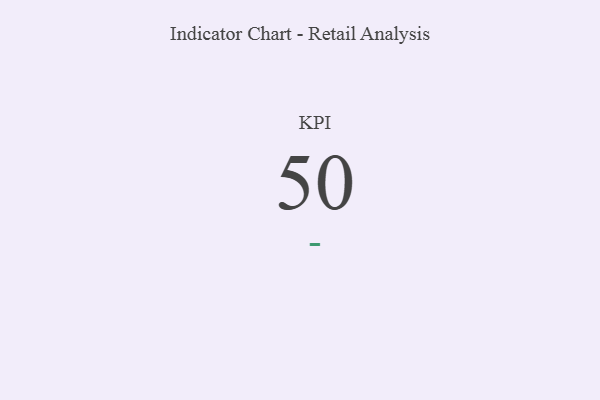
{"axis": {"x": "KPI", "y": "Value"}, "legend": [""], "data": [{"x": "KPI", "y": 50, "type": ""}]}